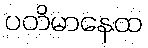
ပတိမာနေထ